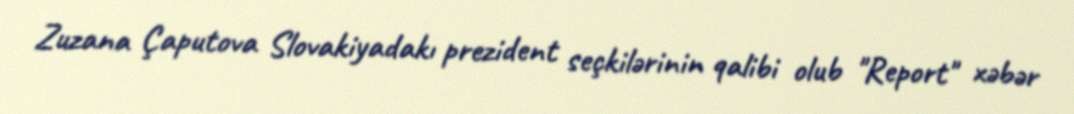
Zuzana Çaputova Slovakiyadakı prezident seçkilərinin qalibi olub "Report" xəbər